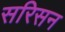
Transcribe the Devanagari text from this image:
सरिसन